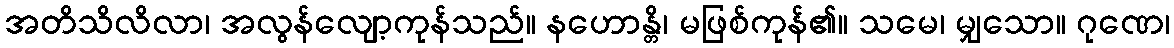
အတိသိလိလာ၊ အလွန်လျော့ကုန်သည်။ နဟောန္တိ၊ မဖြစ်ကုန်၏။ သမေ၊ မျှသော။ ဂုဏေ၊